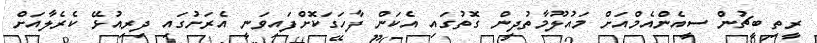
ރީތި ބީޗުން ސީއެންއެމްއަށް މައުލޫމާތުދިން ގޮތުގައި އެކަން ފާހަގަކޮށްފައިވަނީ އެރަށުގައި ދިރިއުޅޭ ކެރެލާއަށް